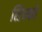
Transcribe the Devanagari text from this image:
सिन्फों